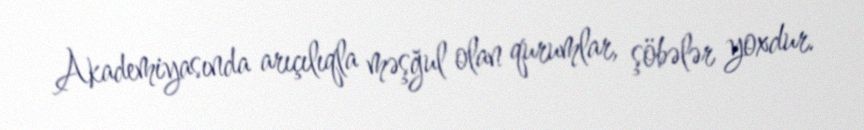
Akademiyasında arıçılıqla məşğul olan qurumlar, şöbələr yoxdur.